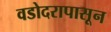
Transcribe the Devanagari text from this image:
वडोदरापासून